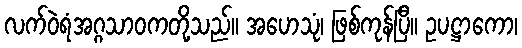
လက်ဝဲရံအဂ္ဂသာဝကတို့သည်။ အဟေသုံ၊ ဖြစ်ကုန်ပြီ။ ဥပဋ္ဌာကော၊